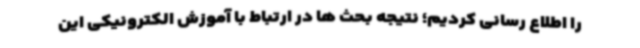
را اطلاع رسانی کردیم؛ نتیجه بحث ها در ارتباط با آموزش الکترونیکی این